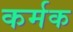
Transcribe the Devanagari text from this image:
कर्मक